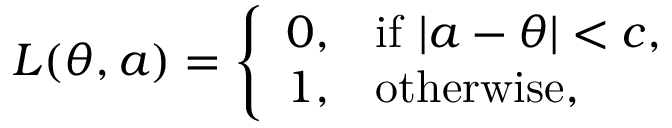
L ( \theta , a ) = { \left\{ \begin{array} { l l } { 0 , } & { { \mathrm { i f ~ } } | a - \theta | < c , } \\ { 1 , } & { { \mathrm { o t h e r w i s e } } , } \end{array} \right. }